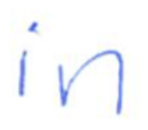
Text: in
Cross-out: clean
Writing tool: ballpoint